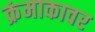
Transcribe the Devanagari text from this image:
क्रंमाकावर